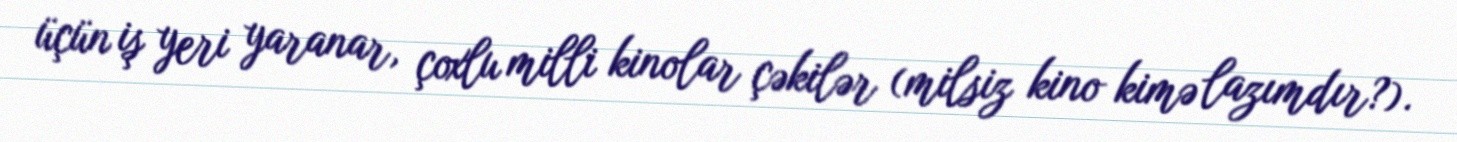
üçün iş yeri yaranar, çoxlu milli kinolar çəkilər (milsiz kino kimə lazımdır?).